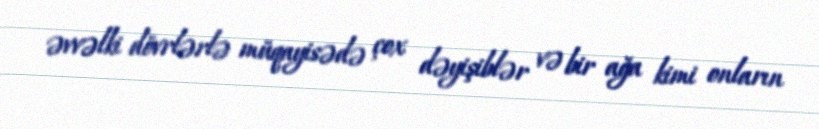
əvvəlki dövrlərlə müqayisədə çox dəyişiblər və bir ağa kimi onların